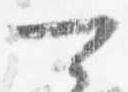
可